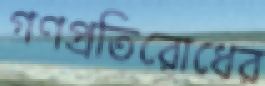
গণপ্রতিরোধের